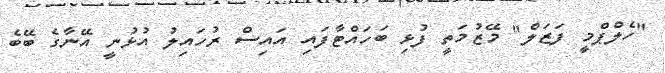
"ހެލްޕްމީ ފަޒަލް" މޭޒުމަތީ ފުޅި ބަހައްޓާފައި އައިސް ރުހައިލު އުޅުނީ އޭނާގެ ބޭބެ